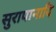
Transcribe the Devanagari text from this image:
सुरापानादि